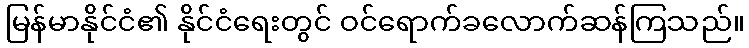
မြန်မာနိုင်ငံ၏ နိုင်ငံရေးတွင် ဝင်ရောက်ခလောက်ဆန်ကြသည်။